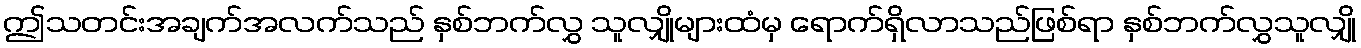
ဤသတင်းအချက်အလက်သည် နှစ်ဘက်လွှ သူလျှိုများထံမှ ရောက်ရှိလာသည်ဖြစ်ရာ နှစ်ဘက်လွှသူလျှို